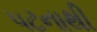
પટનાથી